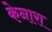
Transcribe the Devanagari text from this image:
केनारा